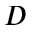
D